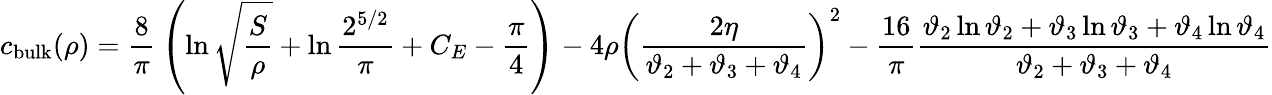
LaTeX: c_{\mathrm{bulk}}(\rho)={\frac{8}{\pi}}\left(\ln\sqrt{\frac{S}{\rho}}+\ln{\frac{2^{5/2}}{\pi}}+C_{E}-{\frac{\pi}{4}}\right)-4\rho\left({\frac{2\eta}{\vartheta_{2}+\vartheta_{3}+\vartheta_{4}}}\right)^{2}-{\frac{16}{\pi}}{\frac{\vartheta_{2}\ln\vartheta_{2}+\vartheta_{3}\ln\vartheta_{3}+\vartheta_{4}\ln\vartheta_{4}}{\vartheta_{2}+\vartheta_{3}+\vartheta_{4}}}